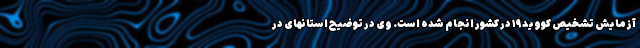
آزمایش تشخیص کووید۱۹ در کشور انجام شده است. وی در توضیح استانهای در